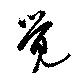
覚